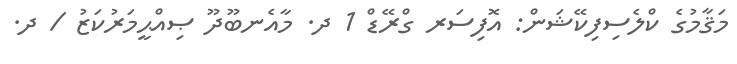
މަޤާމުގެ ކްލެސިފިކޭޝަން: އޮފިސަރ ގްރޭޑް 1 ދ. މާއެނބޫދޫ ޞިއްޙީމަރުކަޒު / ދ.